Annual administration report of the Civil Veterinary Department of India - 1895-1896
Year: 1895
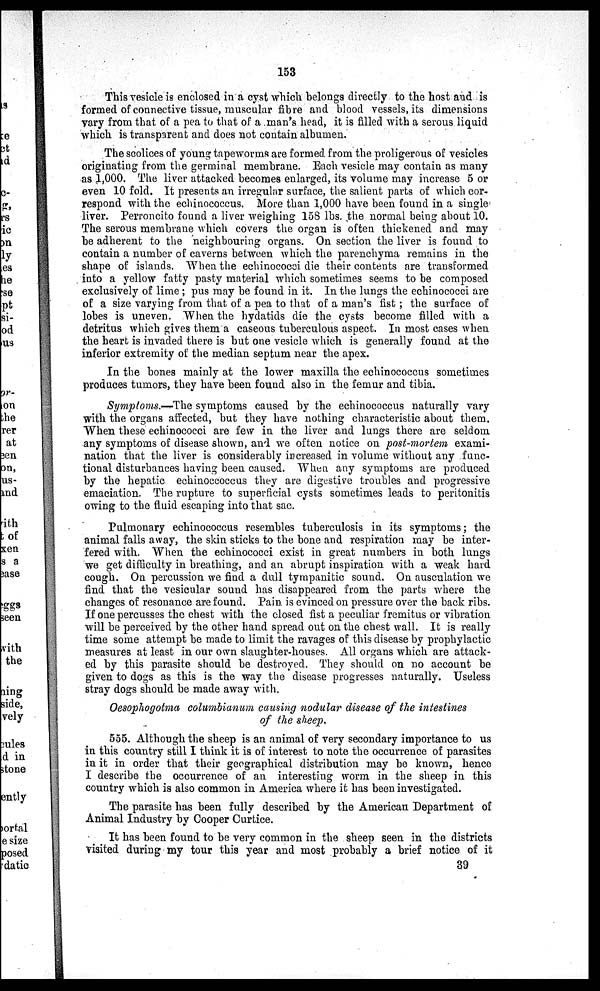
153
This vesicle is enclosed in a cyst which belongs directly to the host and is
formed of connective tissue, muscular fibre and blood vessels, its dimensions
vary from that of a pea to that of a man's head, it is filled with a serous liquid
which is transparent and does not contain albumen.
The scolices of young tapeworms are formed from the proligerous of vesicles
originating from the germinal membrane. Each vesicle may contain as many
as 1,000. The liver attacked becomes enlarged, its volume may increase 5 or
even 10 fold. It presents an irregular surface, the salient parts of which cor-
respond with the echinococcus. More than 1,000 have been found in a single
liver. Perroncito found a liver weighing 158 lbs. the normal being about 10.
The serous membrane which covers the organ is often thickened and may
be adherent to the neighbouring organs. On section the liver is found to
contain a number of caverns between which the parenchyma remains in the
shape of islands. When the echinococei die their contents are transformed
into a yellow fatty pasty material which sometimes seems to be composed
exclusively of lime; pus may be found in it. In the lungs the echinococci are
of a size varying from that of a pea to that of a man's fist; the surface of
lobes is uneven. When the hydatids die the cysts become filled with a
detritus which gives them a caseous tuberculous aspect. In most cases when
the heart is invaded there is but one vesicle which is generally found at the
inferior extremity of the median septum near the apex.
In the bones mainly at the lower maxilla the echinococcus sometimes
produces tumors, they have been found also in the femur and tibia.
Symptoms.—The symptoms caused by the echinococcus naturally vary
with the organs affected, but they have nothing characteristic about them.
When these echinococci are few in the liver and lungs there are seldom
any symptoms of disease shown, and we often notice on post-mortem exami-
nation that the liver is considerably increased in volume without any func-
tional disturbances having been caused. When any symptoms are produced
by the hepatic echinoccoccus they are digestive troubles and progressive
emaciation. The rupture to superficial cysts sometimes leads to peritonitis
owing to the fluid escaping into that sac.
Pulmonary echinococcus resembles tuberculosis in its symptoms; the
animal falls away, the skin sticks to the bone and respiration may be inter-
fered with. When the echinococci exist in great numbers in both lungs
we get difficulty in breathing, and an abrupt inspiration with a weak hard
cough. On percussion we find a dull tympanitic sound. On ausculation we
find that the vesicular sound has disappeared from the parts where the
changes of resonance are found. Pain is evinced on pressure over the back ribs.
If one percusses the chest with the closed fist a peculiar fremitus or vibration
will be perceived by the other hand spread out on the chest wall. It is really
time some attempt be made to limit the ravages of this disease by prophylactic
measures at least in our own slaughter-houses. All organs which are attack-
ed by this parasite should be destroyed. They should on no account be
given to dogs as this is the way the disease progresses naturally. Useless
stray dogs should be made away with.
Oesophogotma columbianum causing nodular disease of the intestines
of the sheep.
555. Although the sheep is an animal of very secondary importance to us
in this country still I think it is of interest to note the occurrence of parasites
in it in order that their geographical distribution may be known, hence
I describe the occurrence of an interesting worm in the sheep in this
country which is also common in America where it has been investigated.
The parasite has been fully described by the American Department of
Animal Industry by Cooper Curtice.
It has been found to be very common in the sheep seen in the districts
visited during my tour this year and most probably a brief notice of it
39